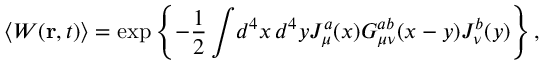
\langle W ( { \mathbf r } , t ) \rangle = \exp \left\{ - \frac { 1 } { 2 } \int \! d ^ { 4 } x \, d ^ { 4 } y J _ { \mu } ^ { a } ( x ) G _ { \mu \nu } ^ { a b } ( x - y ) J _ { \nu } ^ { b } ( y ) \right\} ,